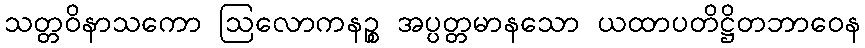
သတ္တဝိနာသကော ဩလောကနဉ္စ အပ္ပတ္တမာနသော ယထာပတိဋ္ဌိတဘာဝေန